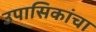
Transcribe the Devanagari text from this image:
उपासिकांचा